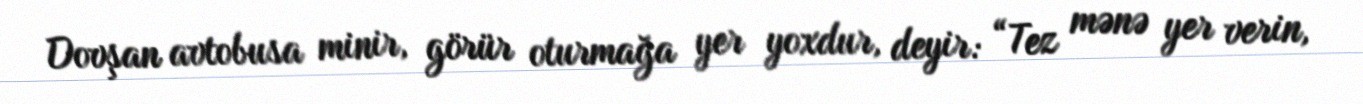
Dovşan avtobusa minir, görür oturmağa yer yoxdur, deyir: “Tez mənə yer verin,